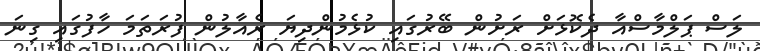
ލަސް ޕަލްމާސްއާ ދެކޮޅަށް ރަށުން ބޭރުގައި ކުޅެމުންދިޔަ ރެއާލުން ފުރަތަމަ ހާފުގައި ގިނަ